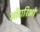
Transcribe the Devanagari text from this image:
ओंटारिओ